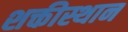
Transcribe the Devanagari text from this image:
शक्तीस्थान